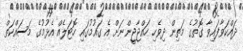
ދައްކަވާފައިވާ ގޮތުގެ މަތިން ދިވެހި ހައްޖާޖީންނަށް އެ ގައުމުގައި ހޮޓަލެއް އެޅުމުގެ މަސައްކަތް